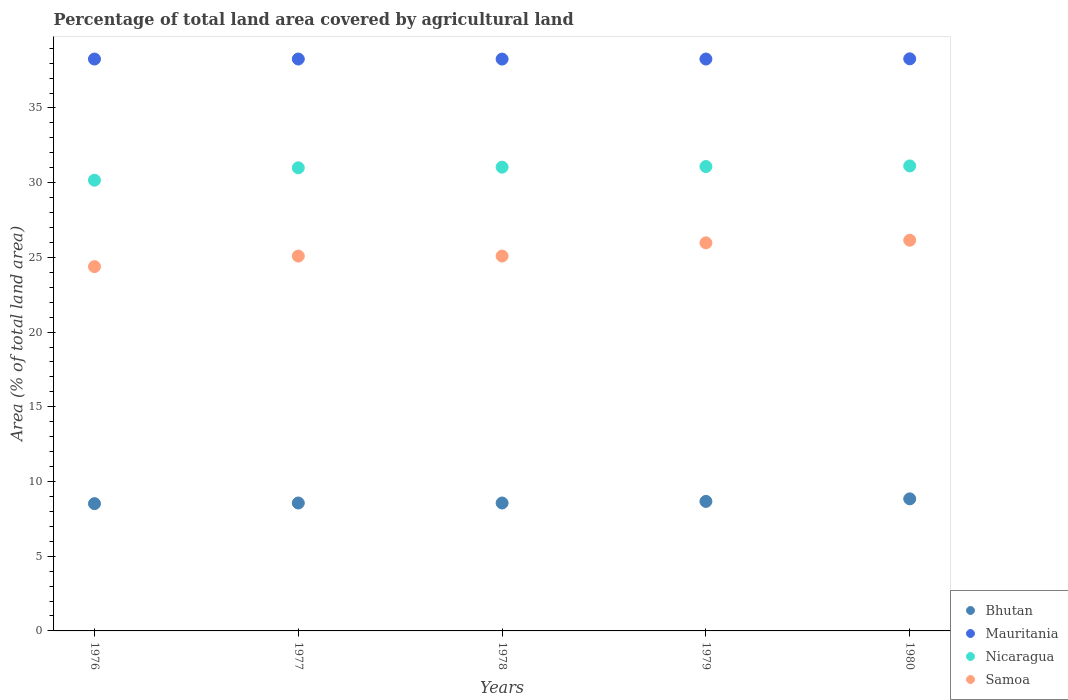
| Years | Bhutan | Mauritania | Nicaragua | Samoa |
 | --- | --- | --- | --- | --- |
 | 1976 | 8.52 | 38.3 | 30.2 | 24.4 |
 | 1977 | 8.56 | 38.3 | 31 | 25.1 |
 | 1978 | 8.56 | 38.3 | 31 | 25.1 |
 | 1979 | 8.67 | 38.3 | 31.1 | 26 |
 | 1980 | 8.84 | 38.3 | 31.1 | 26.1 |